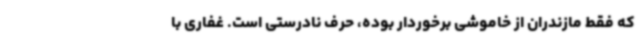
که فقط مازندران از خاموشی برخوردار بوده، حرف نادرستی است. غفاری با